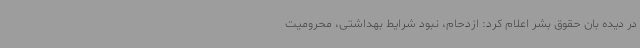
در دیده بان حقوق بشر اعلام کرد: ازدحام، نبود شرایط بهداشتی، محرومیت